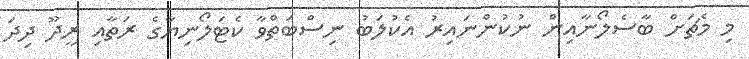
މި މެޗަށް ބާސެލޯނާއިން ނުކުންނައިރު އެކުލަބު ނިސްބަތްވާ ކެޓަލޯނިޔާގެ ރަތާއި ރީދޫ ދިދަ